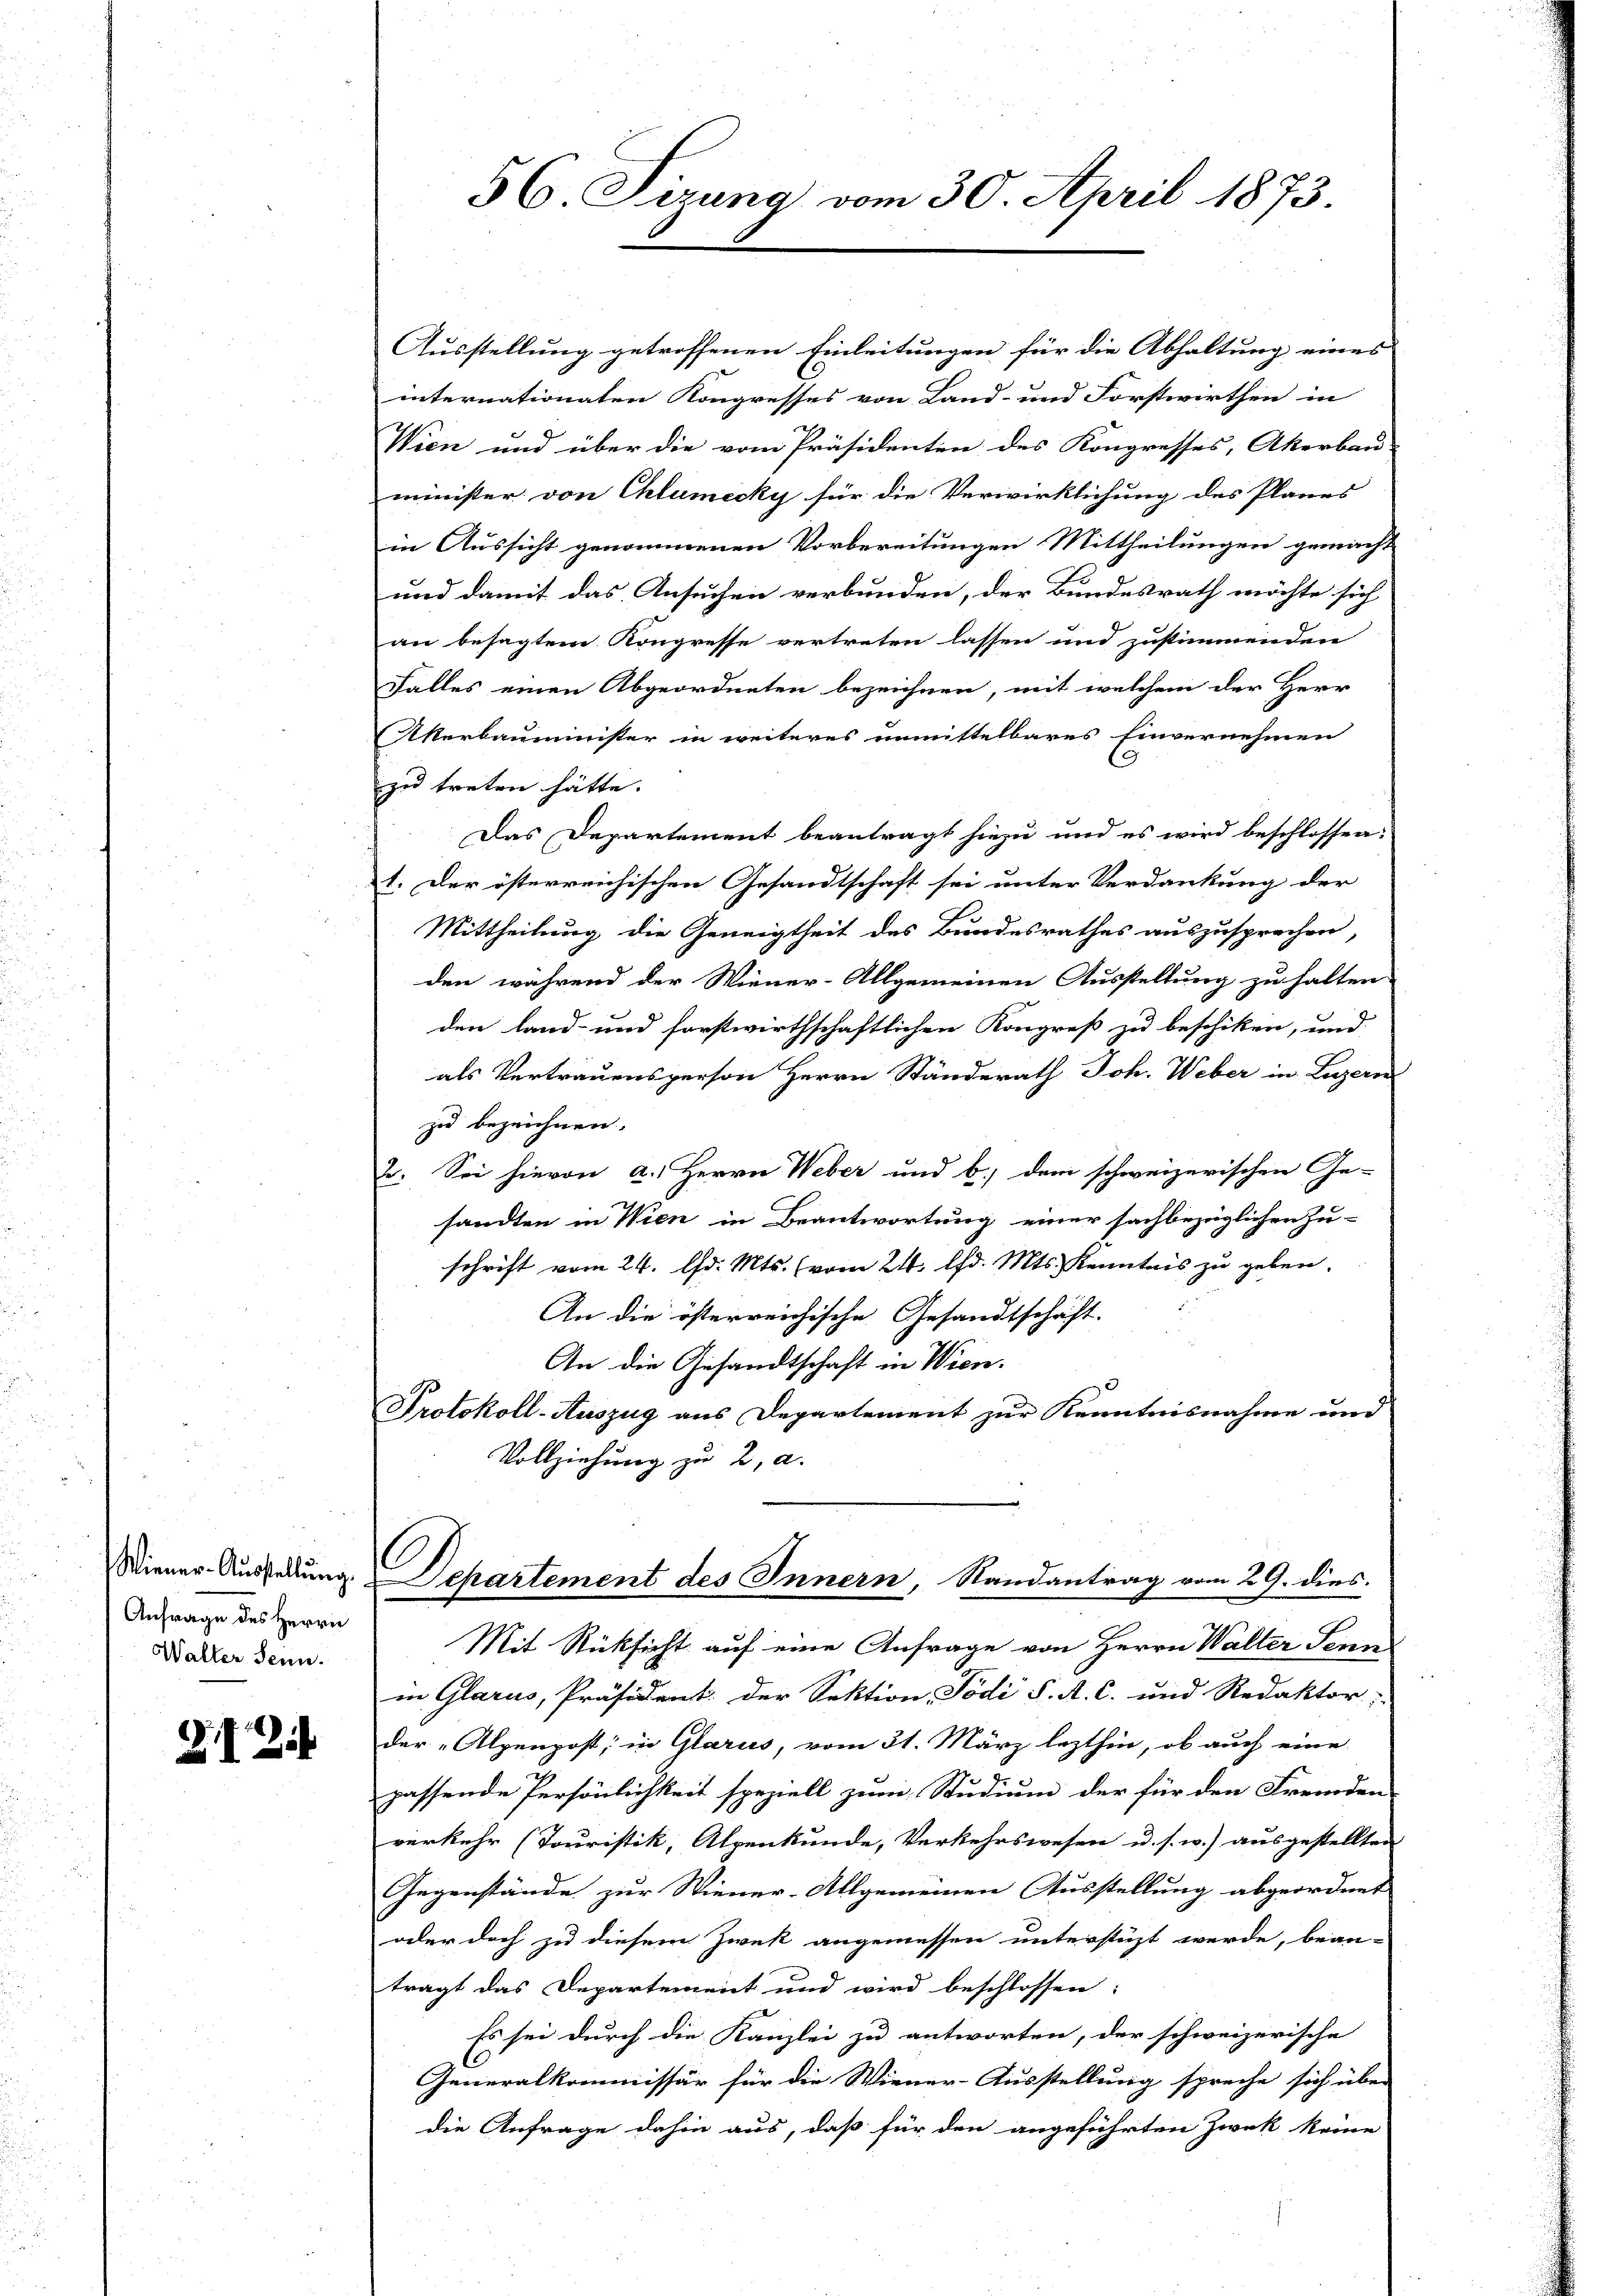
Anfrage des Herrn
Walter Senn.

ZI 2

Ausstellung getroffenen Einleitungen für die Abhaltung eines
internationaten Kongresses von Land- und Forstwirthen in
Wien und über die vom Präsidenten des Kongresses, Akerbau-
minister von Chlumecky für die Verwirklichung des Planes
in Aussicht genommenen Vorbereitungen Mittheilungen gemacht
und damit das Ansuchen verbunden, der Bundesrath möchte sich
an besagtem Kongresse vertreten lassen und zustimmenden
Falles einen Abgeordneten bezeichnen, mit welchem der Herr
Akerbauminister in weiteres unmittelbares Einvernehmen
zu treten hätte.
Das Departement beantragt hiezu und es wird beschlossen:
1. Der österreichischen Gesandtschaft sei unter Verdankung der
Mittheilung die Geneigtheit des Bundesrathes auszusprechen,
den während der Wiener-Allgemeinen Ausstellung zu halten
den land- und forstwirthschaftlichen Kongreß zu beschiken, und
als Vertrauensperson Herrn Ständerath Joh. Weber in Luzern
zu bezeichnen.
2. Sei hievon a.) Herrn Weber und b.) dem schweizerischen Ge-
sandten in Wien in Beantwortung einer sachbezüglichen Zu-
schrift vom 24. d. Mts. (vom 21. d. Mts. Kenntnis zu geben.
An die österreichische Gesandtschaft.
An die Gesandtschaft in Wien.
Protokoll-Auszug aus Departement zur Kenntnisnahme und
Vollziehung zu 2, a.

56. Sizung vom 30. April 1873.

Wiener Ausserung, Departement des Innern, Randantrag vom 29. dies

Mit Rücksicht auf eine Anfrage von Herrn Walter Senn
in Glarus, Präsident der Sektion Pödi S. A. C. und Redaktor;
der „Alpenpost; in Glarus, vom 31. März lezthin, ob auch eine
passende Persönlichkeit speziell zum Studium der für den Fremden
verkehr (Touristik, Alpenkunde, Verkehrswesen u. s. w.) ausgestellten
Gegenstände zur Wiener-Allgemeinen Ausstellung abgeordnet
oder doch zu diesem Zwek angemessen unterstüzt werde, bean-
trägt das Departement und wird beschlossen:
Es sei durch die Kanzlei zu antworten, der schweizerische
Generalkommissär für die Wiener-Ausstellung spreche sich über
die Anfrage dahin aus, daß für den angeführten Zweck keine